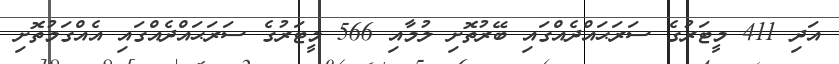
އަދި 411 މީޓަރުގެ ސަރަޙައްދެއްގައި ބޭރުތޮށި ލުމާއި 566 މީޓަރުގެ ސަރަޙައްދެއްގައި އެއްގަމުތޮށި